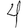
Digit: 4